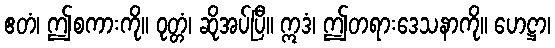
ဧတံ၊ ဤစကားကို။ ဝုတ္တံ၊ ဆိုအပ်ပြီ။ ဣဒံ၊ ဤတရားဒေသနာကို။ ဟေဋ္ဌာ၊